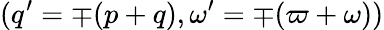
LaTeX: (q^{\prime}=\mp(p+q),\omega^{\prime}=\mp(\varpi+\omega))